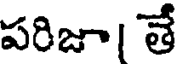
పరిజూ। తే